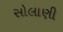
સોલાણી